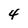
Character: 4